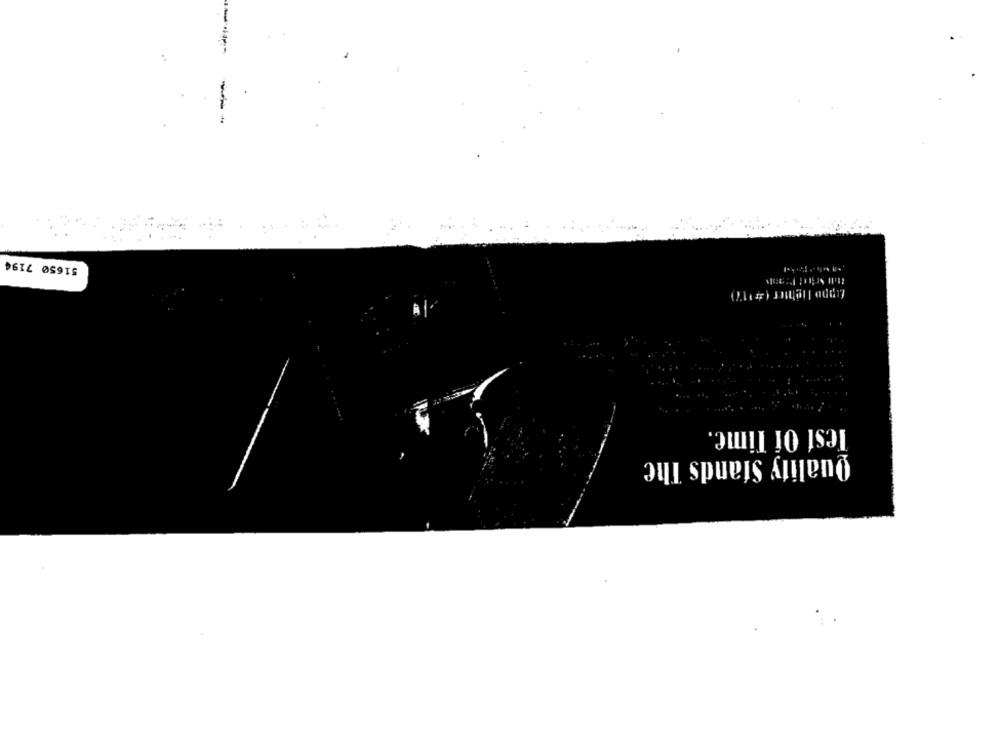
51650 7194
Test Of Time.
Quality Stands The